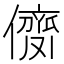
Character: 𠎗